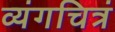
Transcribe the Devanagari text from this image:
व्यंगचित्रं